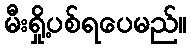
မီးရှို့ပစ်ရပေမည်။